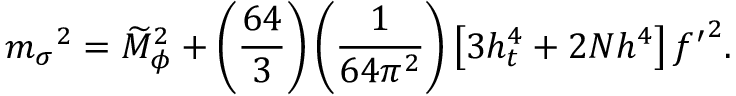
{ m _ { \sigma } } ^ { 2 } = \widetilde { M } _ { \phi } ^ { 2 } + \left( \frac { 6 4 } { 3 } \right) \left( \frac { 1 } { 6 4 \pi ^ { 2 } } \right) \left[ 3 h _ { t } ^ { 4 } + 2 N h ^ { 4 } \right] { f ^ { \prime } } ^ { 2 } .